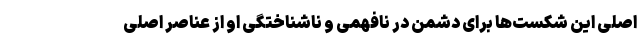
اصلی این شکست‌ها برای دشمن در نافهمی و ناشناختگی او از عناصر اصلی